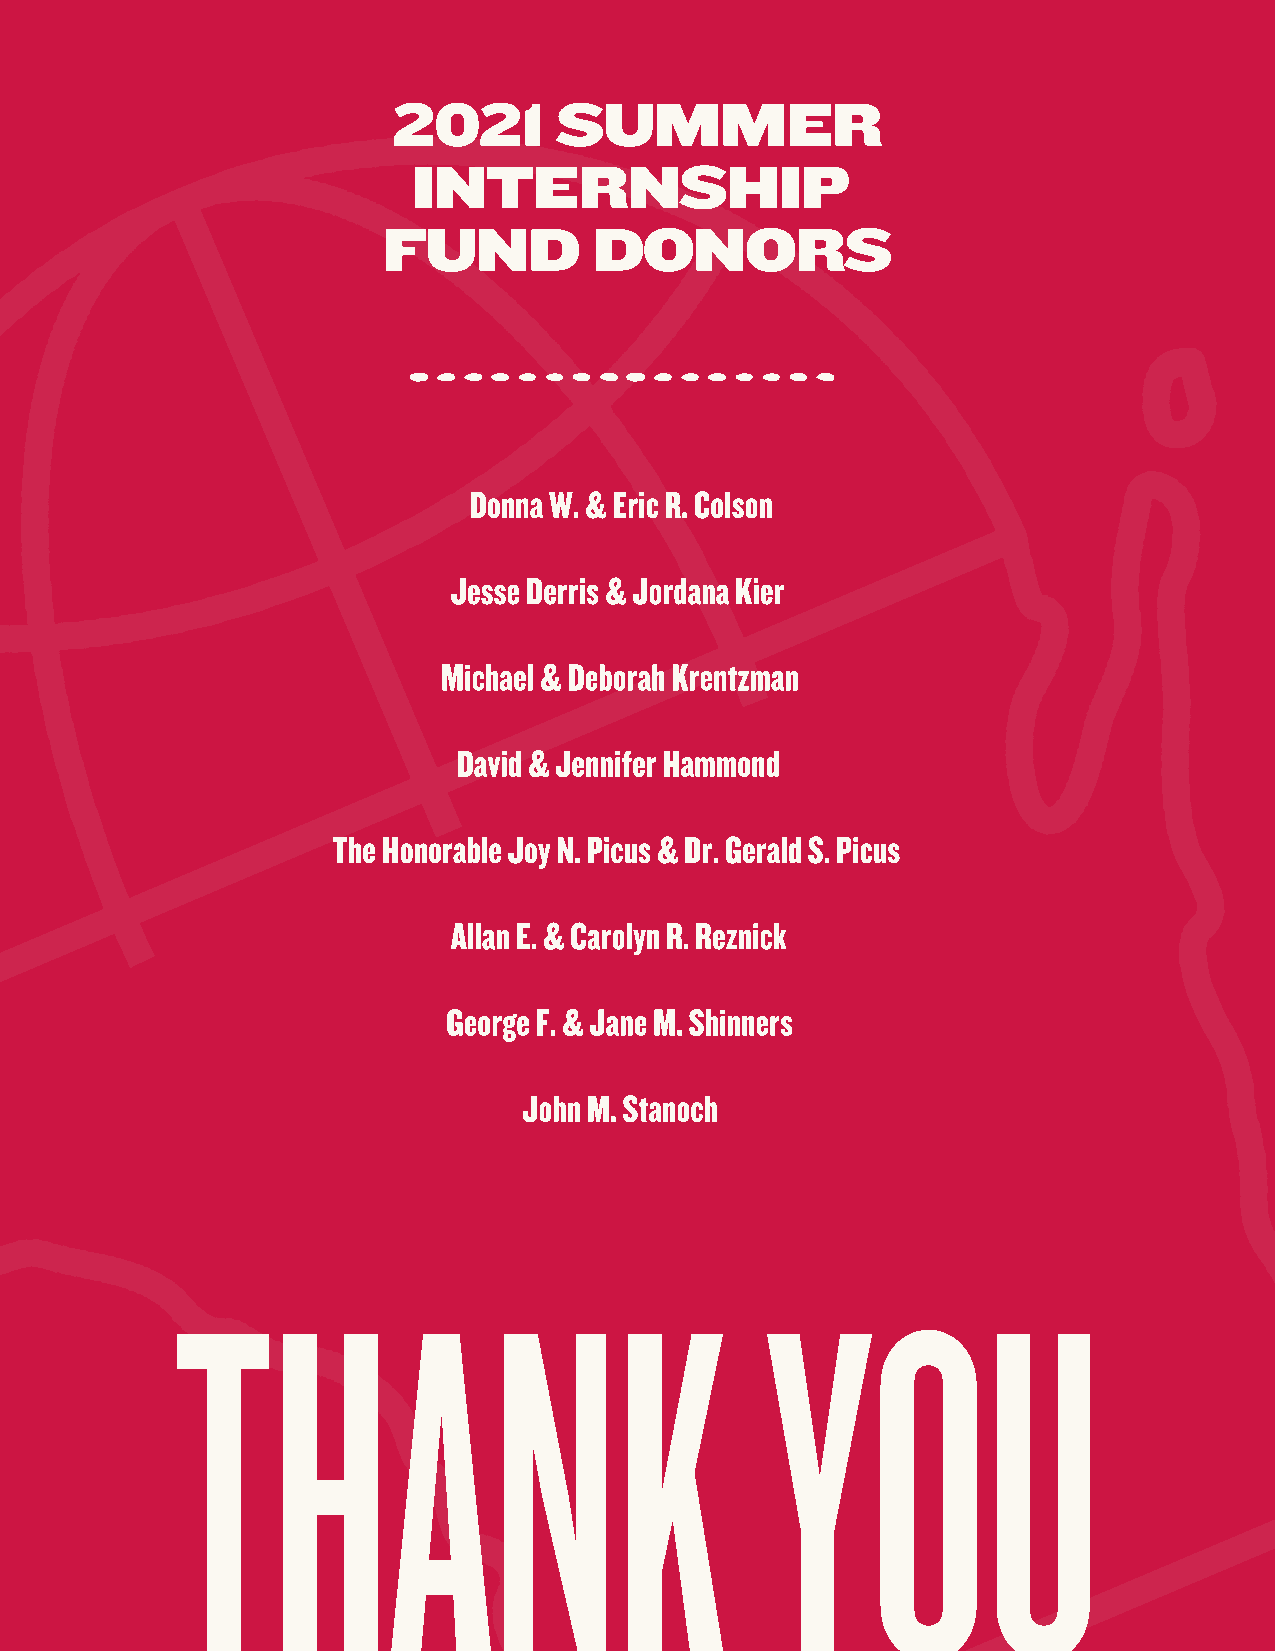
2021       SUMMER
 INTERNSHIP
 FUND          DONORS
 Donna W. & Eric R. Colson
 Jesse Derris & Jordana Kier
 Michael & Deborah Krentzman
 David & Jennifer Hammond
 The Honorable Joy N. Picus & Dr. Gerald S. Picus
 Allan E. & Carolyn R. Reznick
 George F. & Jane M. Shinners
 John M. Stanoch
 THANK                                  YOU